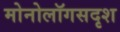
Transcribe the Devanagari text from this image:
मोनोलॉगसदृश